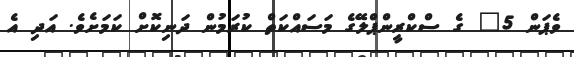
ވެޕަން 5" ގެ ސްކްރީންޕްލޭގެ މަސައްކަތް ކުރަމުން ދަނިކޮށް ކަމަށެވެ. އަދި އެ